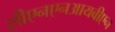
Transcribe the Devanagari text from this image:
सीएनएनआयबीएन